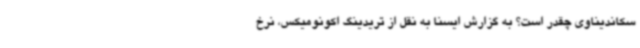
سکاندیناوی چقدر است؟ به گزارش ایسنا به نقل از تریدینگ اکونومیکس، نرخ